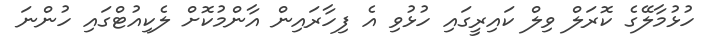
ހުޅުމާލޭގެ ކޮރަލް ވިލް ކައިރީގައި ހުޅުވި އެ ފިހާރައިން އާންމުކޮށް ލެކިއުޓްގައި ހުންނަ